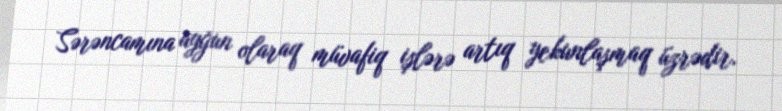
Sərəncamına uyğun olaraq müvafiq işlərə artıq yekunlaşmaq üzrədir.